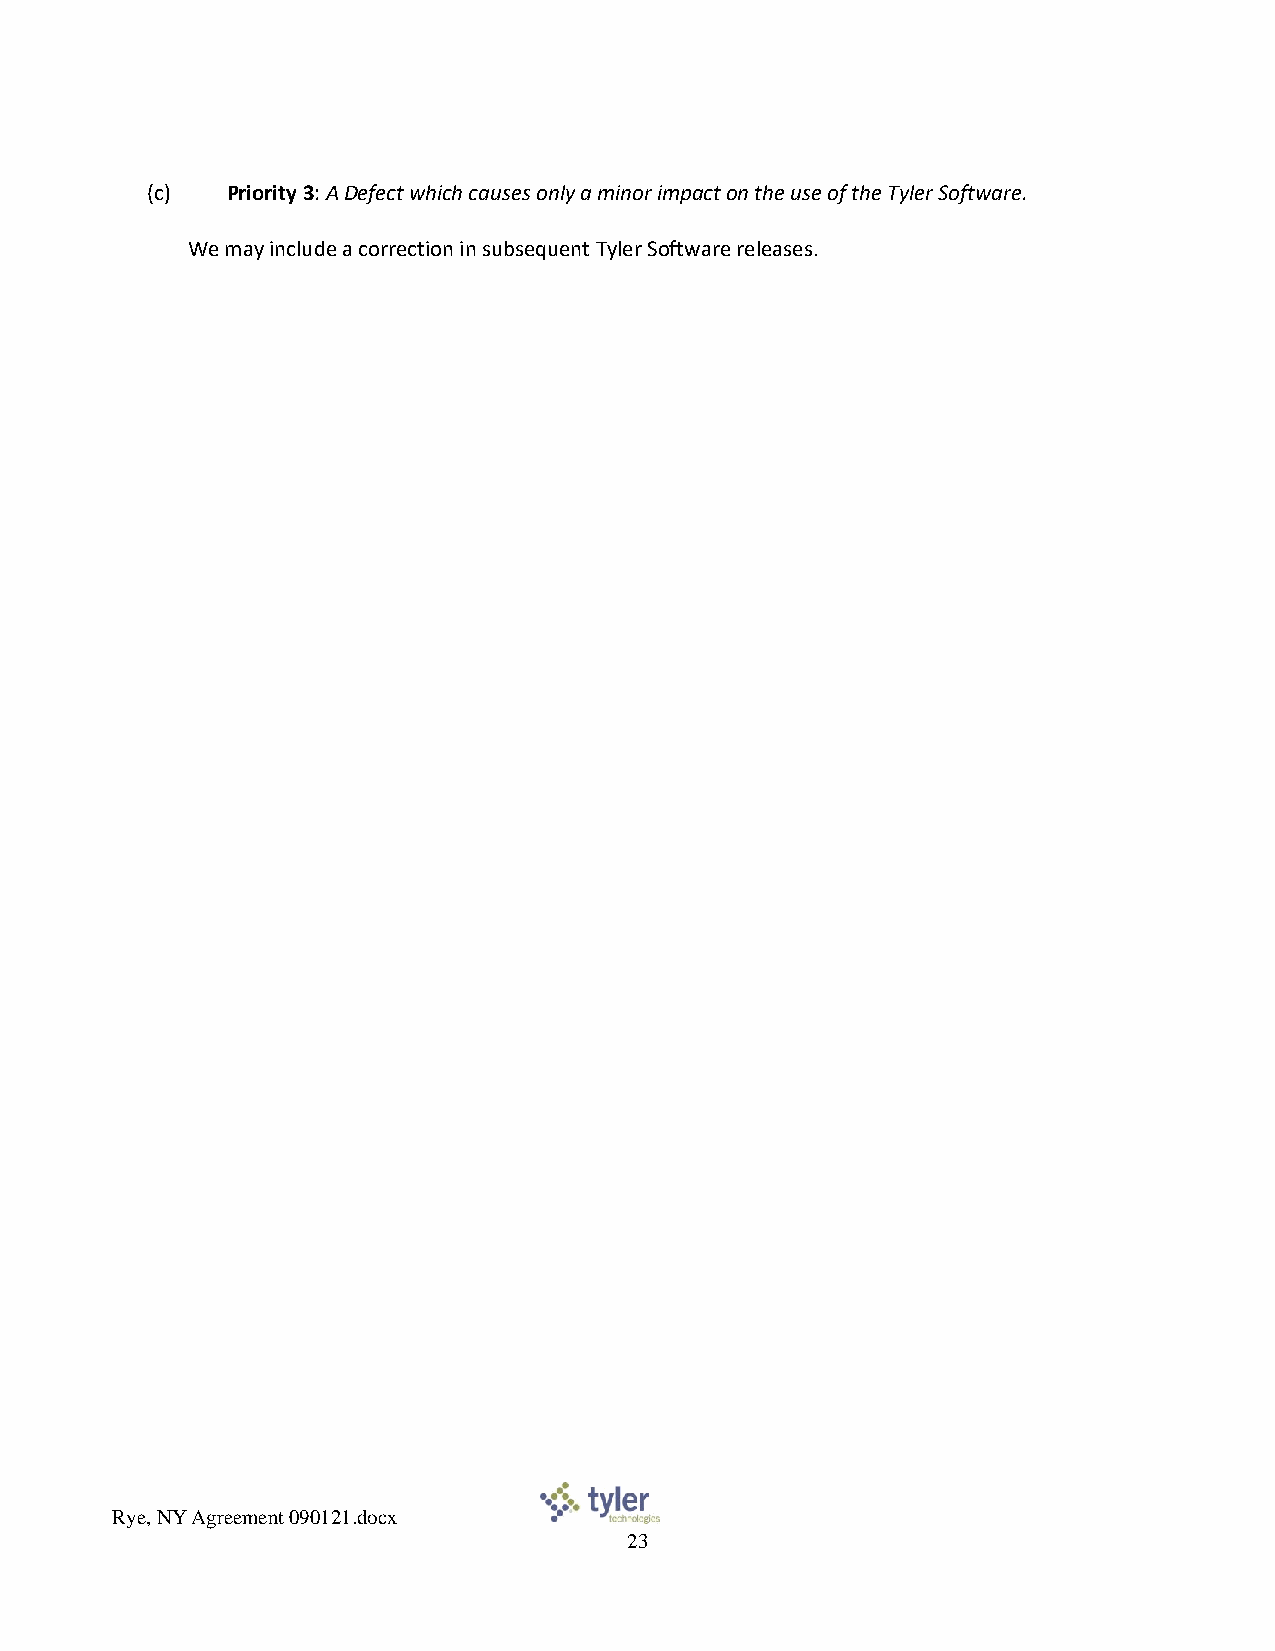
(c)  Priority 3: A Defect which causes only a minor impact on the use of the Tyler Software.
 We may include a correction in subsequent Tyler Software releases.
 Rye, NY Agreement 090121.docx
 23